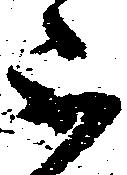
不